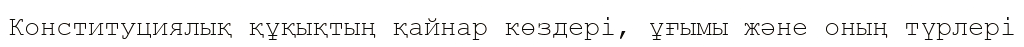
Конституциялық құқықтың қайнар көздері, ұғымы және оның түрлері